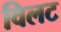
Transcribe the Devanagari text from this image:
विलट